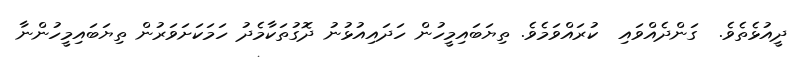
ދީއުޅެތެވެ.  ގަންދެއްވައި  ކުރައްވަމެވެ. ތިޔަބައިމީހުން ހަދައިއުޅުނު ދޮގުތަކާމެދު ހަމަކަށަވަރުން ތިޔަބައިމީހުންނާ